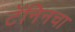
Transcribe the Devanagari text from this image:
टॅनिनचा